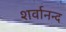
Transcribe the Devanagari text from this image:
शर्वानन्द